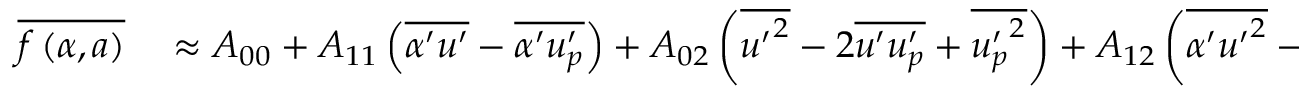
\begin{array} { r l } { \overline { { f \left( \alpha , a \right) } } } & { { } \approx A _ { 0 0 } + A _ { 1 1 } \left( \overline { { \alpha ^ { \prime } u ^ { \prime } } } - \overline { { \alpha ^ { \prime } u _ { p } ^ { \prime } } } \right) + A _ { 0 2 } \left( \overline { { { u ^ { \prime } } ^ { 2 } } } - 2 \overline { { u ^ { \prime } u _ { p } ^ { \prime } } } + \overline { { { u _ { p } ^ { \prime } } ^ { 2 } } } \right) + A _ { 1 2 } \left( \overline { { \alpha ^ { \prime } { u ^ { \prime } } ^ { 2 } } } - 2 \overline { { \alpha ^ { \prime } u ^ { \prime } u _ { p } ^ { \prime } } } + \overline { { \alpha ^ { \prime } { u _ { p } ^ { \prime } } ^ { 2 } } } \right) } \end{array}